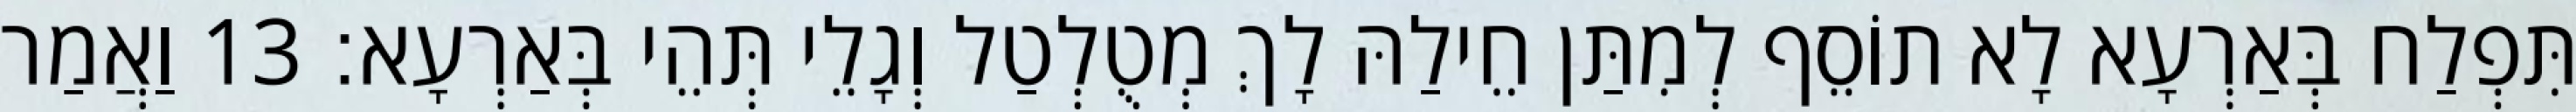
תִּפְלַח בְּאַרְעָא לָא תוֹסֵף לְמִתַּן חֵילַהּ לָךְ מְטֻלְטַל וְגָלֵי תְּהֵי בְּאַרְעָא׃ 13 וַאֲמַר